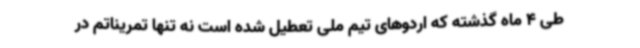
طی 4 ماه گذشته که اردوهای تیم ملی تعطیل شده است نه تنها تمریناتم در